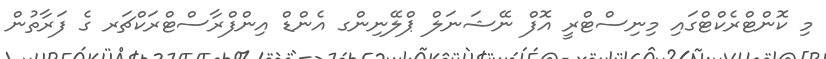
މި ކޮންޓްރެކްޓްގައި މިނިސްޓްރީ އޮފް ނޭޝަނަލް ޕްލޭނިންގ އެންޑް އިންފްރާސްޓްރަކްޗަރ ގެ ފަރާތުން